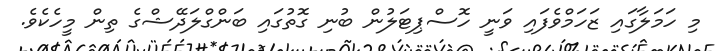
މި ހަމަލާގައި ޒަހަމްވެފައި ވަނީ ހޮސްޕިޓަލުން ބުނި ގޮތުގައި ބަންގްލަދޭޝްގެ ތިން މީހެކެވެ.